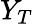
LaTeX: Y_{T}